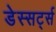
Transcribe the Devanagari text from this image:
डेस्सर्ट्स